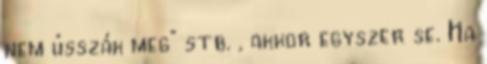
nem ússzák meg” stb. , akkor egyszer se. Ha